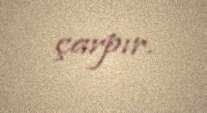
çarpır.